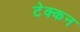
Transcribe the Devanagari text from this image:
टेक्कन